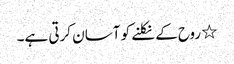
٭ روح کے نکلنے کو آسان کرتی ہے۔